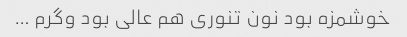
خوشمزه بود نون تنوری هم عالی بود وگرم …